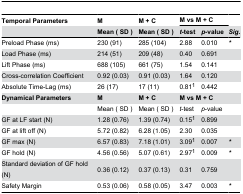
| Temporal Parameters | M | M + C | <COLSPAN=2> M vs M + C |  |
 |  | Mean ( SD ) | Mean ( SD ) | t-test | p-value | Sig. |
 | --- | --- | --- | --- | --- | --- |
 | Preload Phase (ms) | 230 (91) | 285 (104) | 2.88 | 0.010 | * |
 | Load Phase (ms) | 214 (51) | 209 (48) | 0.40 | 0.691 |  |
 | Lift Phase (ms) | 688 (105) | 661 (75) | 1.54 | 0.141 |  |
 | Cross-correlation Coefficient | 0.92 (0.03) | 0.91 (0.03) | 1.64 | 0.120 |  |
 | Absolute Time-Lag (ms) | 26 (17) | 17 (11) | 0.811 | 0.442 |  |
 | Dynamical Parameters | M | M + C | <COLSPAN=2> M vs M + C |  |
 |  | Mean ( SD ) | Mean ( SD ) | t-test | p-value |  |
 | GF at LF start (N) | 1.28 (0.76) | 1.39 (0.74) | 0.151 | 0.899 |  |
 | GF at lift off (N) | 5.72 (0.82) | 6.28 (1.05) | 2.30 | 0.035 |  |
 | GF max (N) | 6.57 (0.83) | 7.18 (1.01) | 3.091 | 0.007 | * |
 | GF hold (N) | 4.56 (0.56) | 5.07 (0.61) | 2.971 | 0.009 | * |
 | Standard deviation of GF hold (N) | 0.36 (0.12) | 0.37 (0.13) | 0.31 | 0.759 |  |
 | Safety Margin | 0.53 (0.06) | 0.58 (0.05) | 3.47 | 0.003 | * |